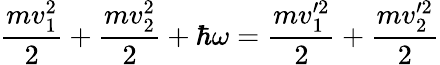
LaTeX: \frac{mv_{1}^{2}}{2}+\frac{mv_{2}^{2}}{2}+\hbar\omega=\frac{mv_{1}^{\prime 2}}{2}+\frac{mv_{2}^{\prime 2}}{2}